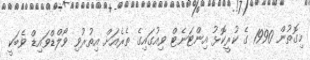
މިގޮތުން 1990 ގެ ކުރީކޮޅު އިންޓަނެޓް ވިއުގައިގެ ތެރެއަށް އިތުރުވި ވޯލްޑްވައިޑް ވެބަކީ